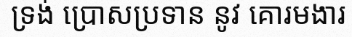
ទ្រង់ ប្រោសប្រទាន នូវ គោរមងារ